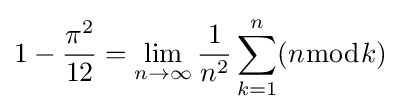
1-{\frac {\pi ^{2}}{12}}=\lim _{n\rightarrow \infty }{\frac {1}{n^{2}}}\sum _{k=1}^{n}(n{\bmod {k}})